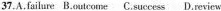
37.A.failure B.outcome C.success D.review